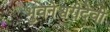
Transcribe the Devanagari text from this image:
भुवनेश्वरीदेवी